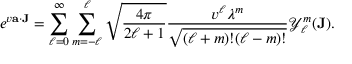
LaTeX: e ^ { v { \mathbf { a } } \cdot { \mathbf { J } } } = \sum _ { \ell = 0 } ^ { \infty } \sum _ { m = - \ell } ^ { \ell } { \sqrt { \frac { 4 \pi } { 2 \ell + 1 } } } { \frac { v ^ { \ell } { \lambda ^ { m } } } { \sqrt { ( \ell + m ) ! ( \ell - m ) ! } } } { \mathcal { Y } } _ { \ell } ^ { m } ( { \mathbf { J } } ) .